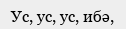
Ус, ус, ус, ибә,